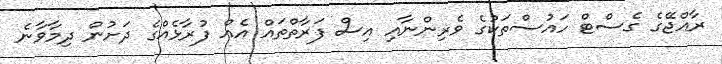
ރާއްޖޭގެ ގެސްޓް ހައުސްތަކުގެ ވެރިންނާއި އިސް ފަރާތްތައް އެއް ފުރާޅެއްގެ ދަށުން ދިމާވާނެ